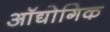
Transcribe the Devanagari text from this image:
ऑद्योगिक